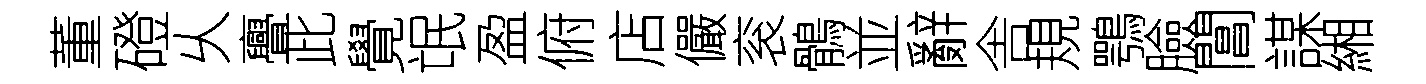
董磴乆亹此覺氓盈俯店儼衮鶻並辭舎規鶚臉閶謀緗